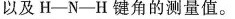
以及H-N-H键角的测量值。